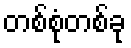
တစ်စုံတစ်ခု